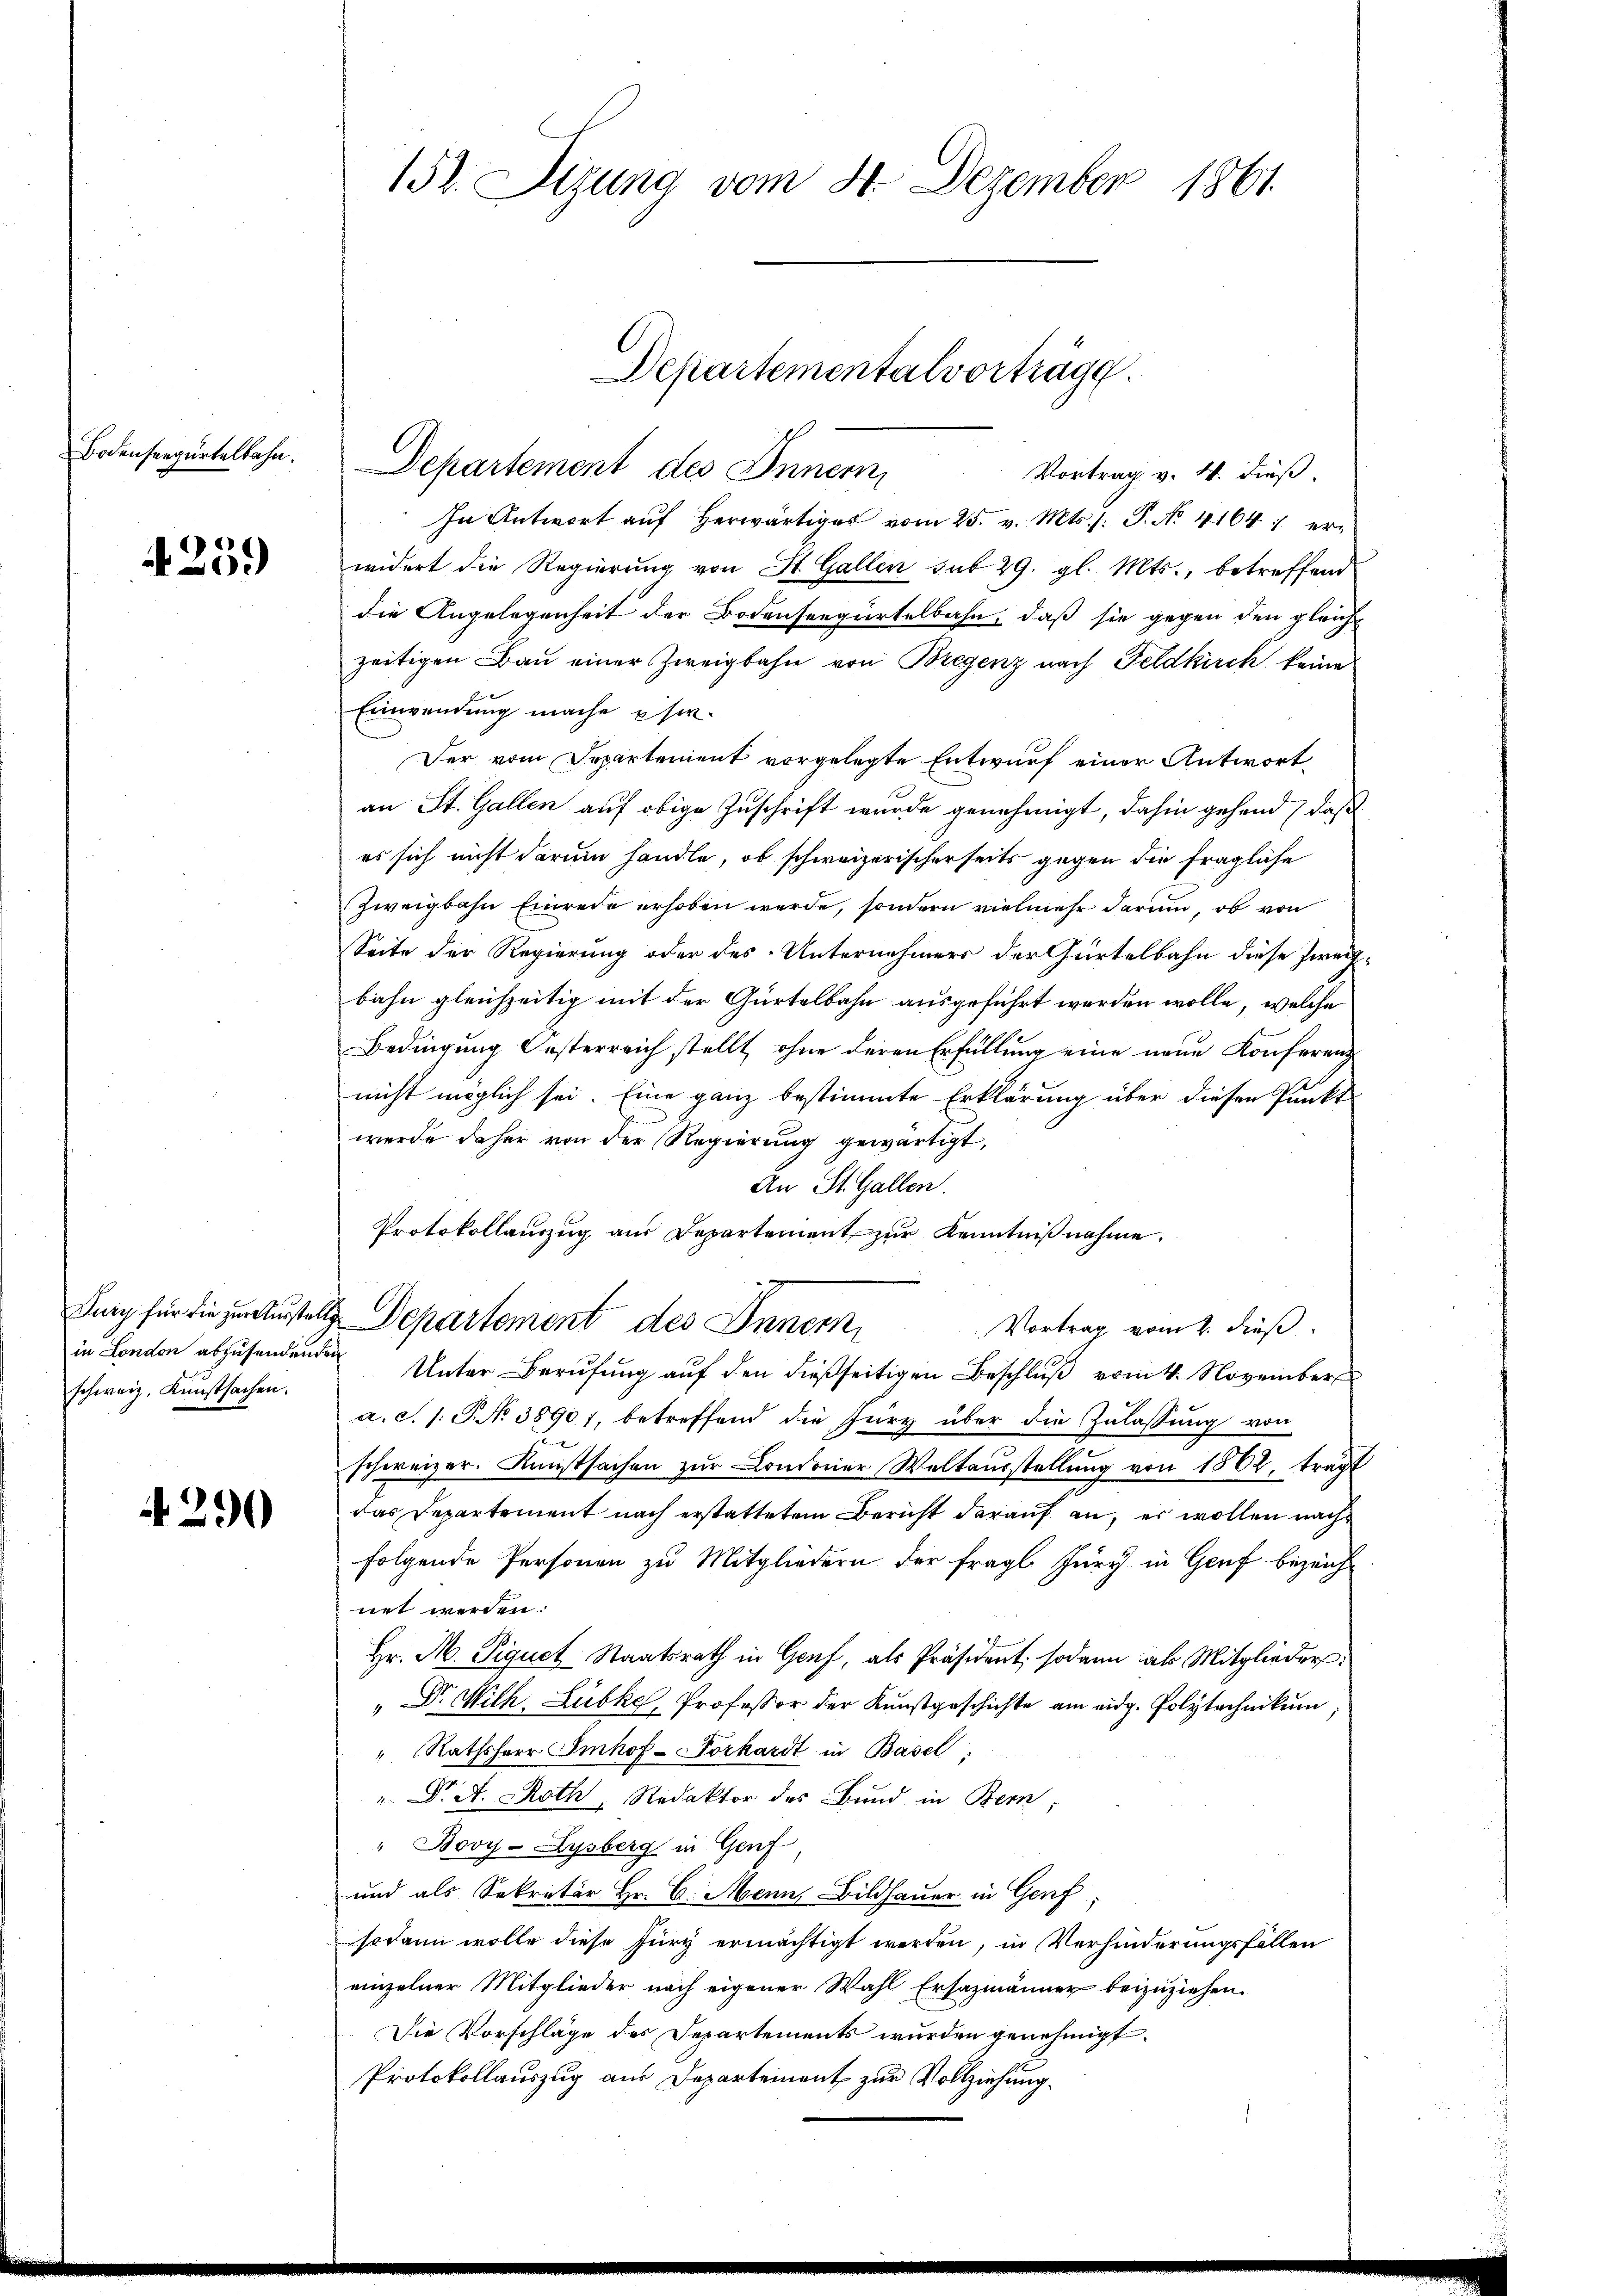
Bodenseegurtelbahn.

4259

schweiz, Kunstsachen.

4290

152. Sizung vom 24. Dezember 1861.

Departementalvorträge.

Departement des Innern,
Vortrag v. 4. dieß.
In Antwort aŭf herwärtiges vom 25. v. Mts. s. P. No. 41641 erwidert die Regierŭng von St. Gallen sub 29. gl. Mts., betreffend
die Angelegenheit der Bodenseegürtelbahn, daß sie gegen den gleich
zeitigen Bau einer Zweigbahn von Bregenz nach Feldkirch keine
Einwendung mache usw.
Der vom Departement vorgelegte Entwurf einer Antwort,
an St. Gallen auf obige Zuschrift wurde genehmigt, dahin gehend, daß
es sich nicht darum handle, ob schweizerischerseits gegen die fragliche
Zweigbahn Einrede erhoben werde, sondern vielmehr darum, ob von
Seite der Regierung oder des Unternehmers der Gürtelbahn diese Zweifbahn gleichzeitig mit der Gürtelbahn ausgeführt werden wolle, welche
Bedingung Oesterreich stellt, ohne deren Erfüllung eine neue Konferenz
nicht möglich sei. Eine ganz bestimmte Erklärung über diesen Punkt
werde daher von der Regierung gewärtigt,
An St. Gallen.
Protokollanzŭg aŭs Departement zŭr Kenntniβnahme.
Jung für die zu musstelle Departement des Inner
Vortrag vom 2. dieß
in London abzusendenden Unter Berŭfŭng aŭf den dießseitigen Beschlŭβ vom 4. November
a. S. 1: P. No 38901, betreffend die Jury über die Zulassŭng von
schweizer. Kunstsachen zŭr Condoner Weltausstellŭng von 1802, tragt
das Departement nach erstattetem Bericht darauf an, es wollen nach
folgende Personen zu Mitgliedern der fragl. Jury in Genf bezeichnet werden.
Hr. M. Piquet Staatsrath in Genf, als Präsident; sodann als Mitglieders
" Dr. Wilh. Lübke, Professor der Kunstgeschichte am eidg. Polytechnikum
" Rathsherr Imhof-Vorkardt in Basel;
" P. A. Roth, Redaktor des Bund in Bern,
" Bovy-Lysberg in Genf
und als Sekretär Hr. C. Mann, Bildhauer in Genf
sodann wolle diese füry ermächtigt werden, in Verhinderungsfällen
einzelner Mitglieder nach eigener Wahl Ersazmänner beizuziehen.
Die Vorschläge des Departements wurden genehmigt.
Protokollauszug aus Departement zur Vollziehung.